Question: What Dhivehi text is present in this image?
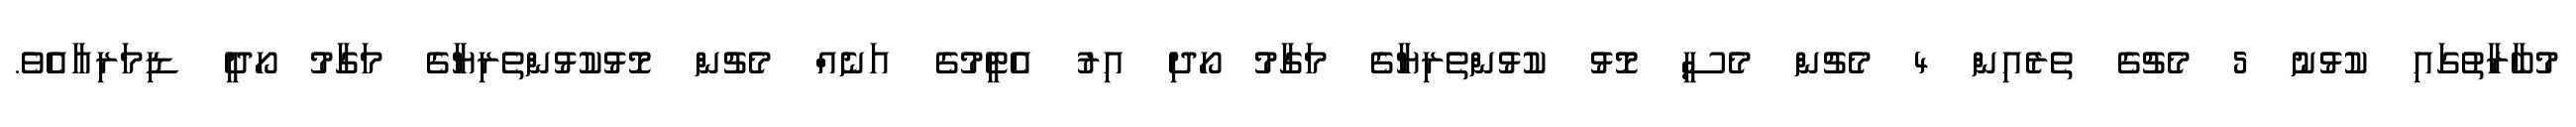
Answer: މުބާރާތުގައި ކުޅުނު 5 މެޗުގެ ތެރެއިން 4 މެޗުން މެސީ މޮޅު ކުޅުންތެރިޔާގެ މަގާމު ހޯދި އިރު އެޓީމުގެ އަނެއް މެޗުން މޮޅުކުޅުންތެރިޔާގެ މަގާމު ހޯދީ ޑިމަރިއާއެވެ.